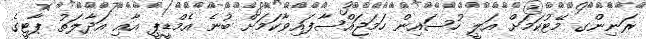
ރަނިންގ މޭޓުކަމަށް އަލީ ހުސައިން ހަމަޖައްސާފައިވާކަމަށް ބުނެ އެމްޑީޕީ އާއި އަދާލަތު ޕާޓީގެ